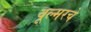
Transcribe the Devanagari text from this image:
वूल्मरचे